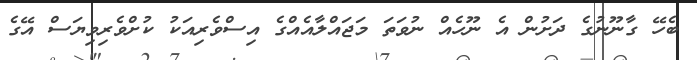
ބެހޭ ގާނޫނުގެ ދަށުން އެ ނޫހެއް ނުވަތަ މަޖައްލާއެއްގެ އިސްވެރިއަކު ކުށްވެރިވިޔަސް އޭގެ